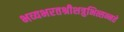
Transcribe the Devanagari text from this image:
भव्यभरतश्रीशत्रुभित्सन्नते